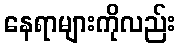
နေရာများကိုလည်း